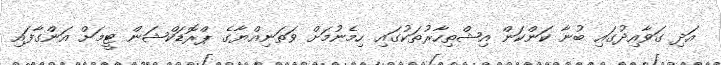
އަދި ގަވާއިދުގައި ބުނާ ކަންކަން އިޝްތިހާރުތަކުގައި ހިމެނުމަށް ވަތަނިއްޔާގެ ޕްރޮޑަކްޝަން ޓީމަށް އަންގާފައި